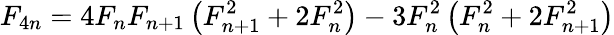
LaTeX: F_{4n}=4F_{n}F_{n+1}\left(F_{n+1}^{2}+2F_{n}^{2}\right)-3F_{n}^{2}\left(F_{n}^{2}+2F_{n+1}^{2}\right)